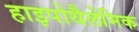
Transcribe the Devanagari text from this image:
हाइपोथैलेमिक